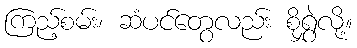
ကြည့်စမ်း၊ ဆံပင်တွေလည်း စိုရွှဲလို့။